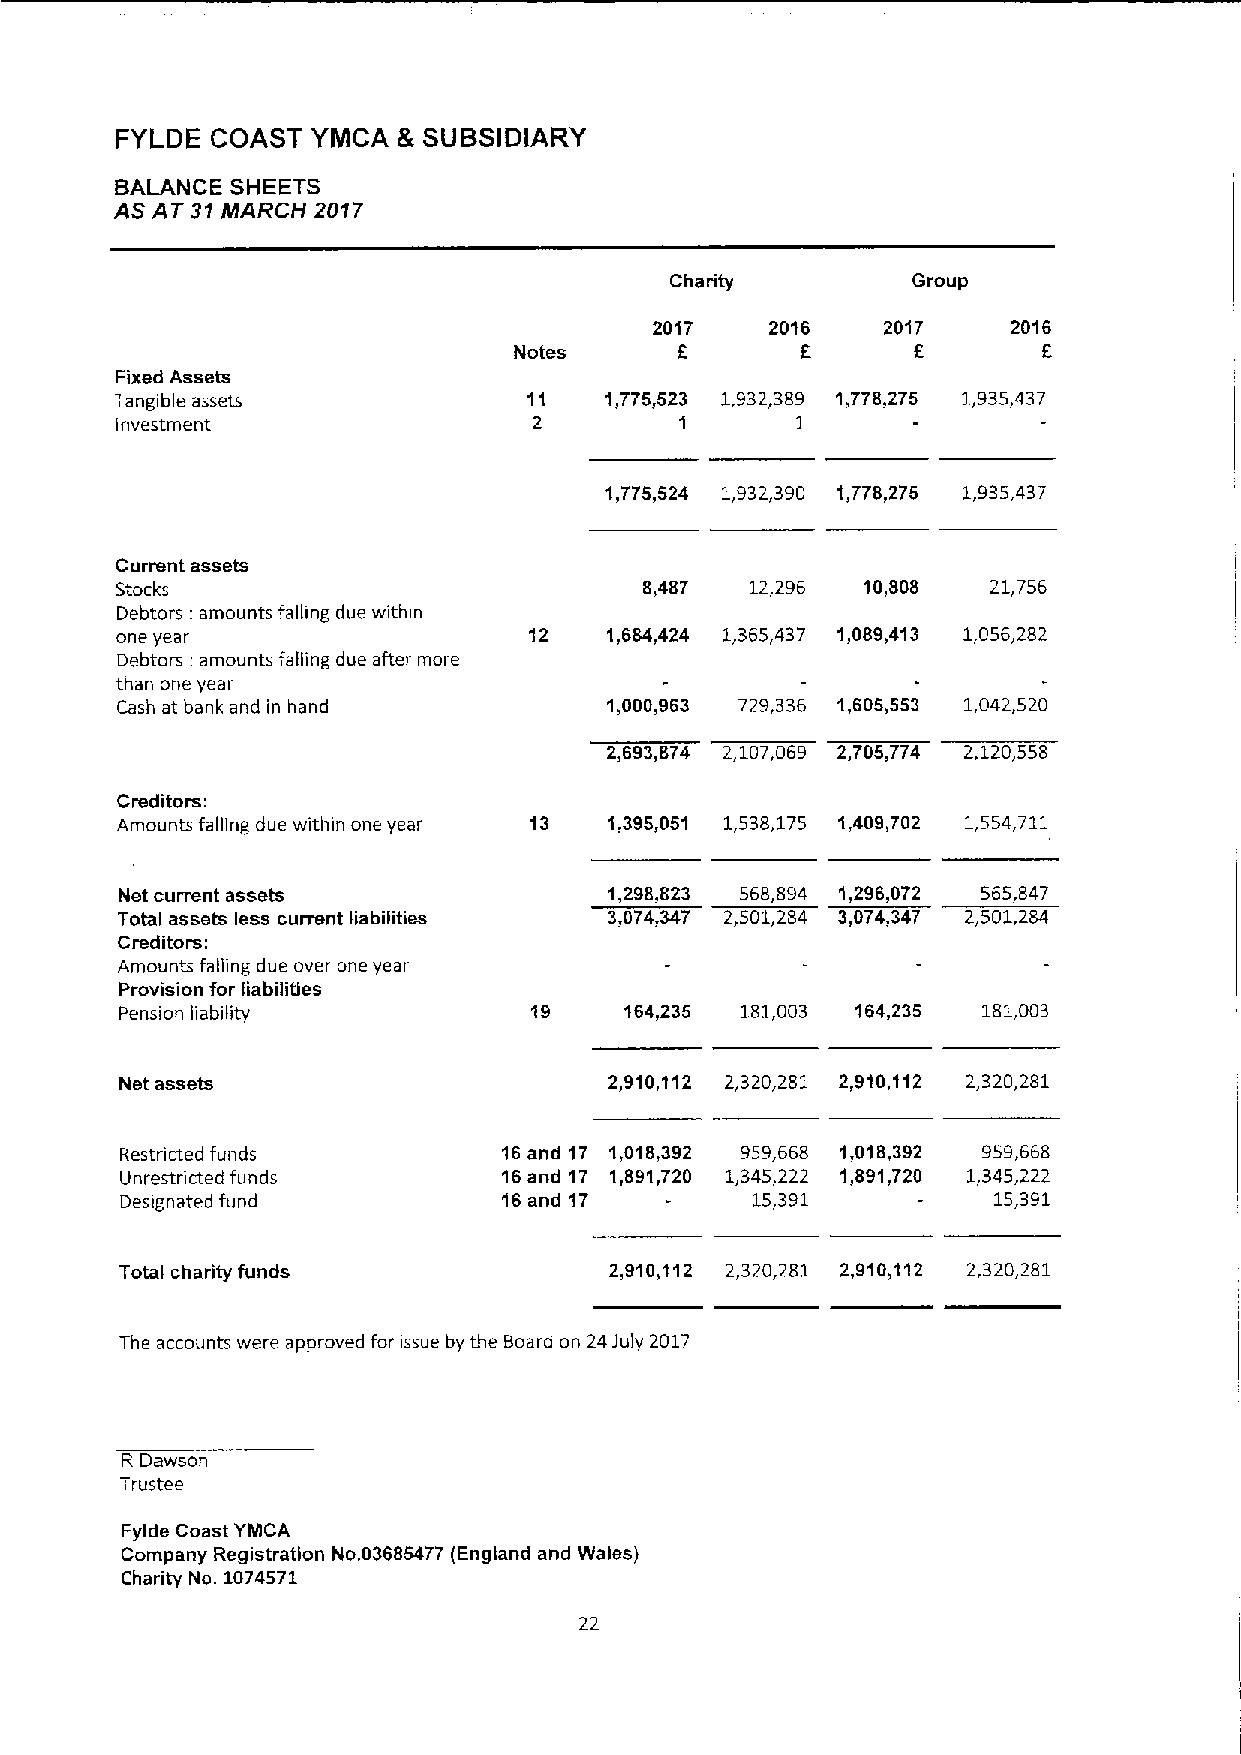
FYLDE COAST  YMCA 8 SUBSIDIARY
 BALAN CE SHEETS
 AS AT 37 MARCH 2017
 Charity         Group
 2017    2016   2017     2016
 f
 Notes              6               6
 Fixed Assets
 Tangible assets            11   1,775,523 1,932,389 1,778,275 1,935,437
 investment                 2         1       1
 1,775,524 1,932,390 1,778,275 1,935,437
 Current assets
 Stocks                             8,487  12,296 10,808   21,756
 Debtors; amounts falling due within
 one year                   12   1,684,424 1,365,437 1,089,413 1,056,282
 Debtors: amounts falling due after more
 than one year
 Cash at bank and in hand        1,000,963 729,336 1,605,553 1,042,520
 2,693,874 2,107,069 2,705,774 2,120,558
 Creditors:
 Amounts falling due within one year 13 1,395,051 1,538,175 1,409,702 1,554,711
 Net current assets              1,298,823 568,894 1,296,072 565,847
 Total assets less current liabilities 3,074,347 2,501,284 3,074,347 2,501,284
 Creditors:
 Amounts falling due over one year
 Provision for liabilities
 Pension liability          19    164,235 181,003 164,235 181,003
 Net assets                      2,910,112 2,320,281 2,910,112 2,320,281
 Restricted funds         16and 17 1,018,392 959,668 1,018,392 959,668
 Unrestricted funds       16and 17 1,891,720 1,345,222 1,891,720 1,345,222
 Designated fund          16and 17         15,391          15,391
 Total charity funds             2,910,112 2,320,281 2,910,112 2,320,281
 The accounts were approved for issue by the Board on 24July 2017
 R Dawson
 Trustee
 Fylde Coast YMCA
 Company Registration No.03685477 (England and Wales)
 Charity No. 1074571
 22